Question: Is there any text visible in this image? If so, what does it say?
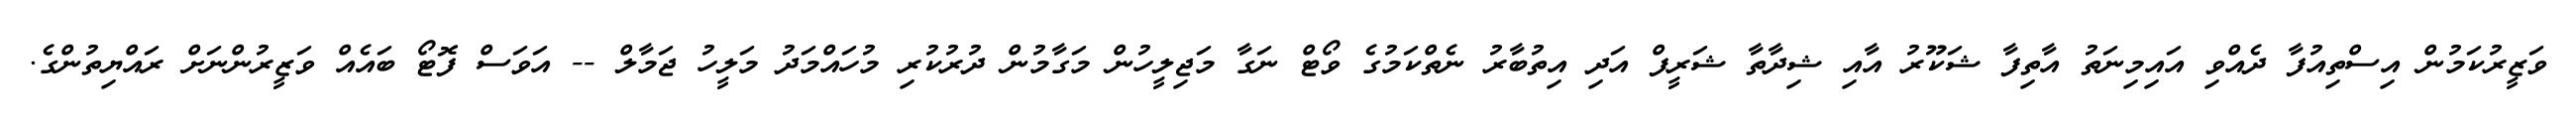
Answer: ވަޒީރުކަމުން އިސްތިއުފާ ދެއްވި އައިމިނަތު އާތިފާ ޝަކޫރު އާއި ޝިދާތާ ޝަރީފް އަދި އިތުބާރު ނެތްކަމުގެ ވޯޓް ނަގާ މަޖިލީހުން މަގާމުން ދުރުކުރި މުހައްމަދު މަލީހު ޖަމާލް -- އަވަސް ފޮޓޯ ބައެއް ވަޒީރުންނަށް ރައްޔިތުންގެ.